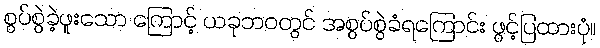
စွပ်စွဲခဲ့ဖူးသော ကြောင့် ယခုဘဝတွင် အစွပ်စွဲခံရကြောင်း ဖွင့်ပြထားပုံ။